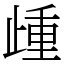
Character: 歱